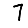
Digit: 7